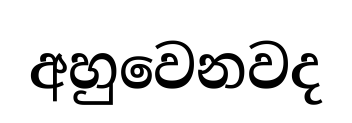
අහුවෙනවද